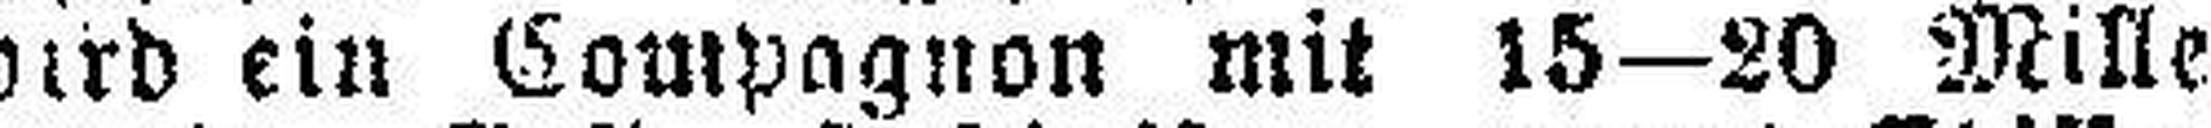
wird ein Kompagnon mit 15—20 Mille